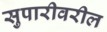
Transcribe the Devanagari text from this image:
सुपारीवरील